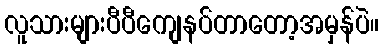
လူသားများပီပီကျေနပ်တာတော့အမှန်ပဲ။